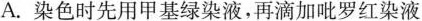
A.染色时先用甲基绿染液，再滴加吡罗红染液